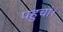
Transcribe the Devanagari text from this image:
पहुचां।